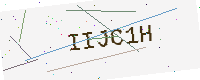
Text: IIJC1H